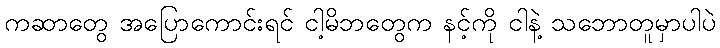
ကဆာတွေ အပြောကောင်းရင် ငါ့မိဘတွေက နင့်ကို ငါနဲ့ သဘောတူမှာပါပဲ